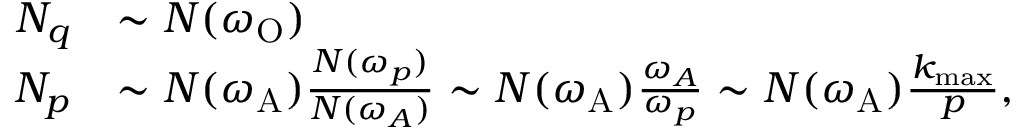
\begin{array} { r l } { N _ { q } } & { \sim N ( \omega _ { \mathrm { O } } ) } \\ { N _ { p } } & { \sim N ( \omega _ { \mathrm { A } } ) \frac { N ( \omega _ { p } ) } { N ( \omega _ { A } ) } \sim N ( \omega _ { \mathrm { A } } ) \frac { \omega _ { A } } { \omega _ { p } } \sim N ( \omega _ { \mathrm { A } } ) \frac { k _ { \operatorname* { m a x } } } { p } , } \end{array}